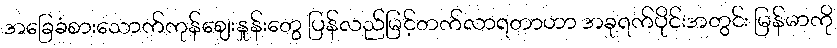
အခြေခံစားသောက်ကုန်ဈေးနှုန်းတွေ ပြန်လည်မြင့်တက်လာရတာဟာ အခုရက်ပိုင်းအတွင်း မြန်မာကို